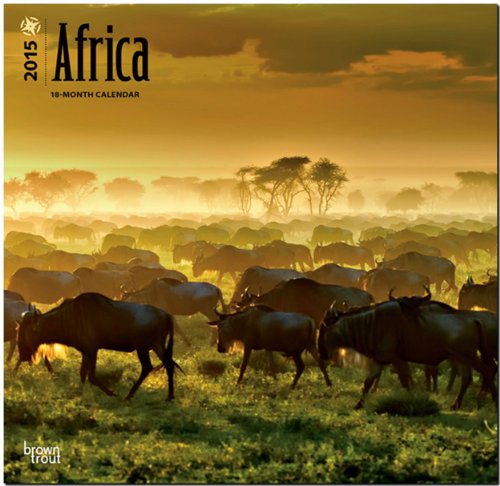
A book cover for Africa 2015 Square 12x12; BrownTrout; Calendars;